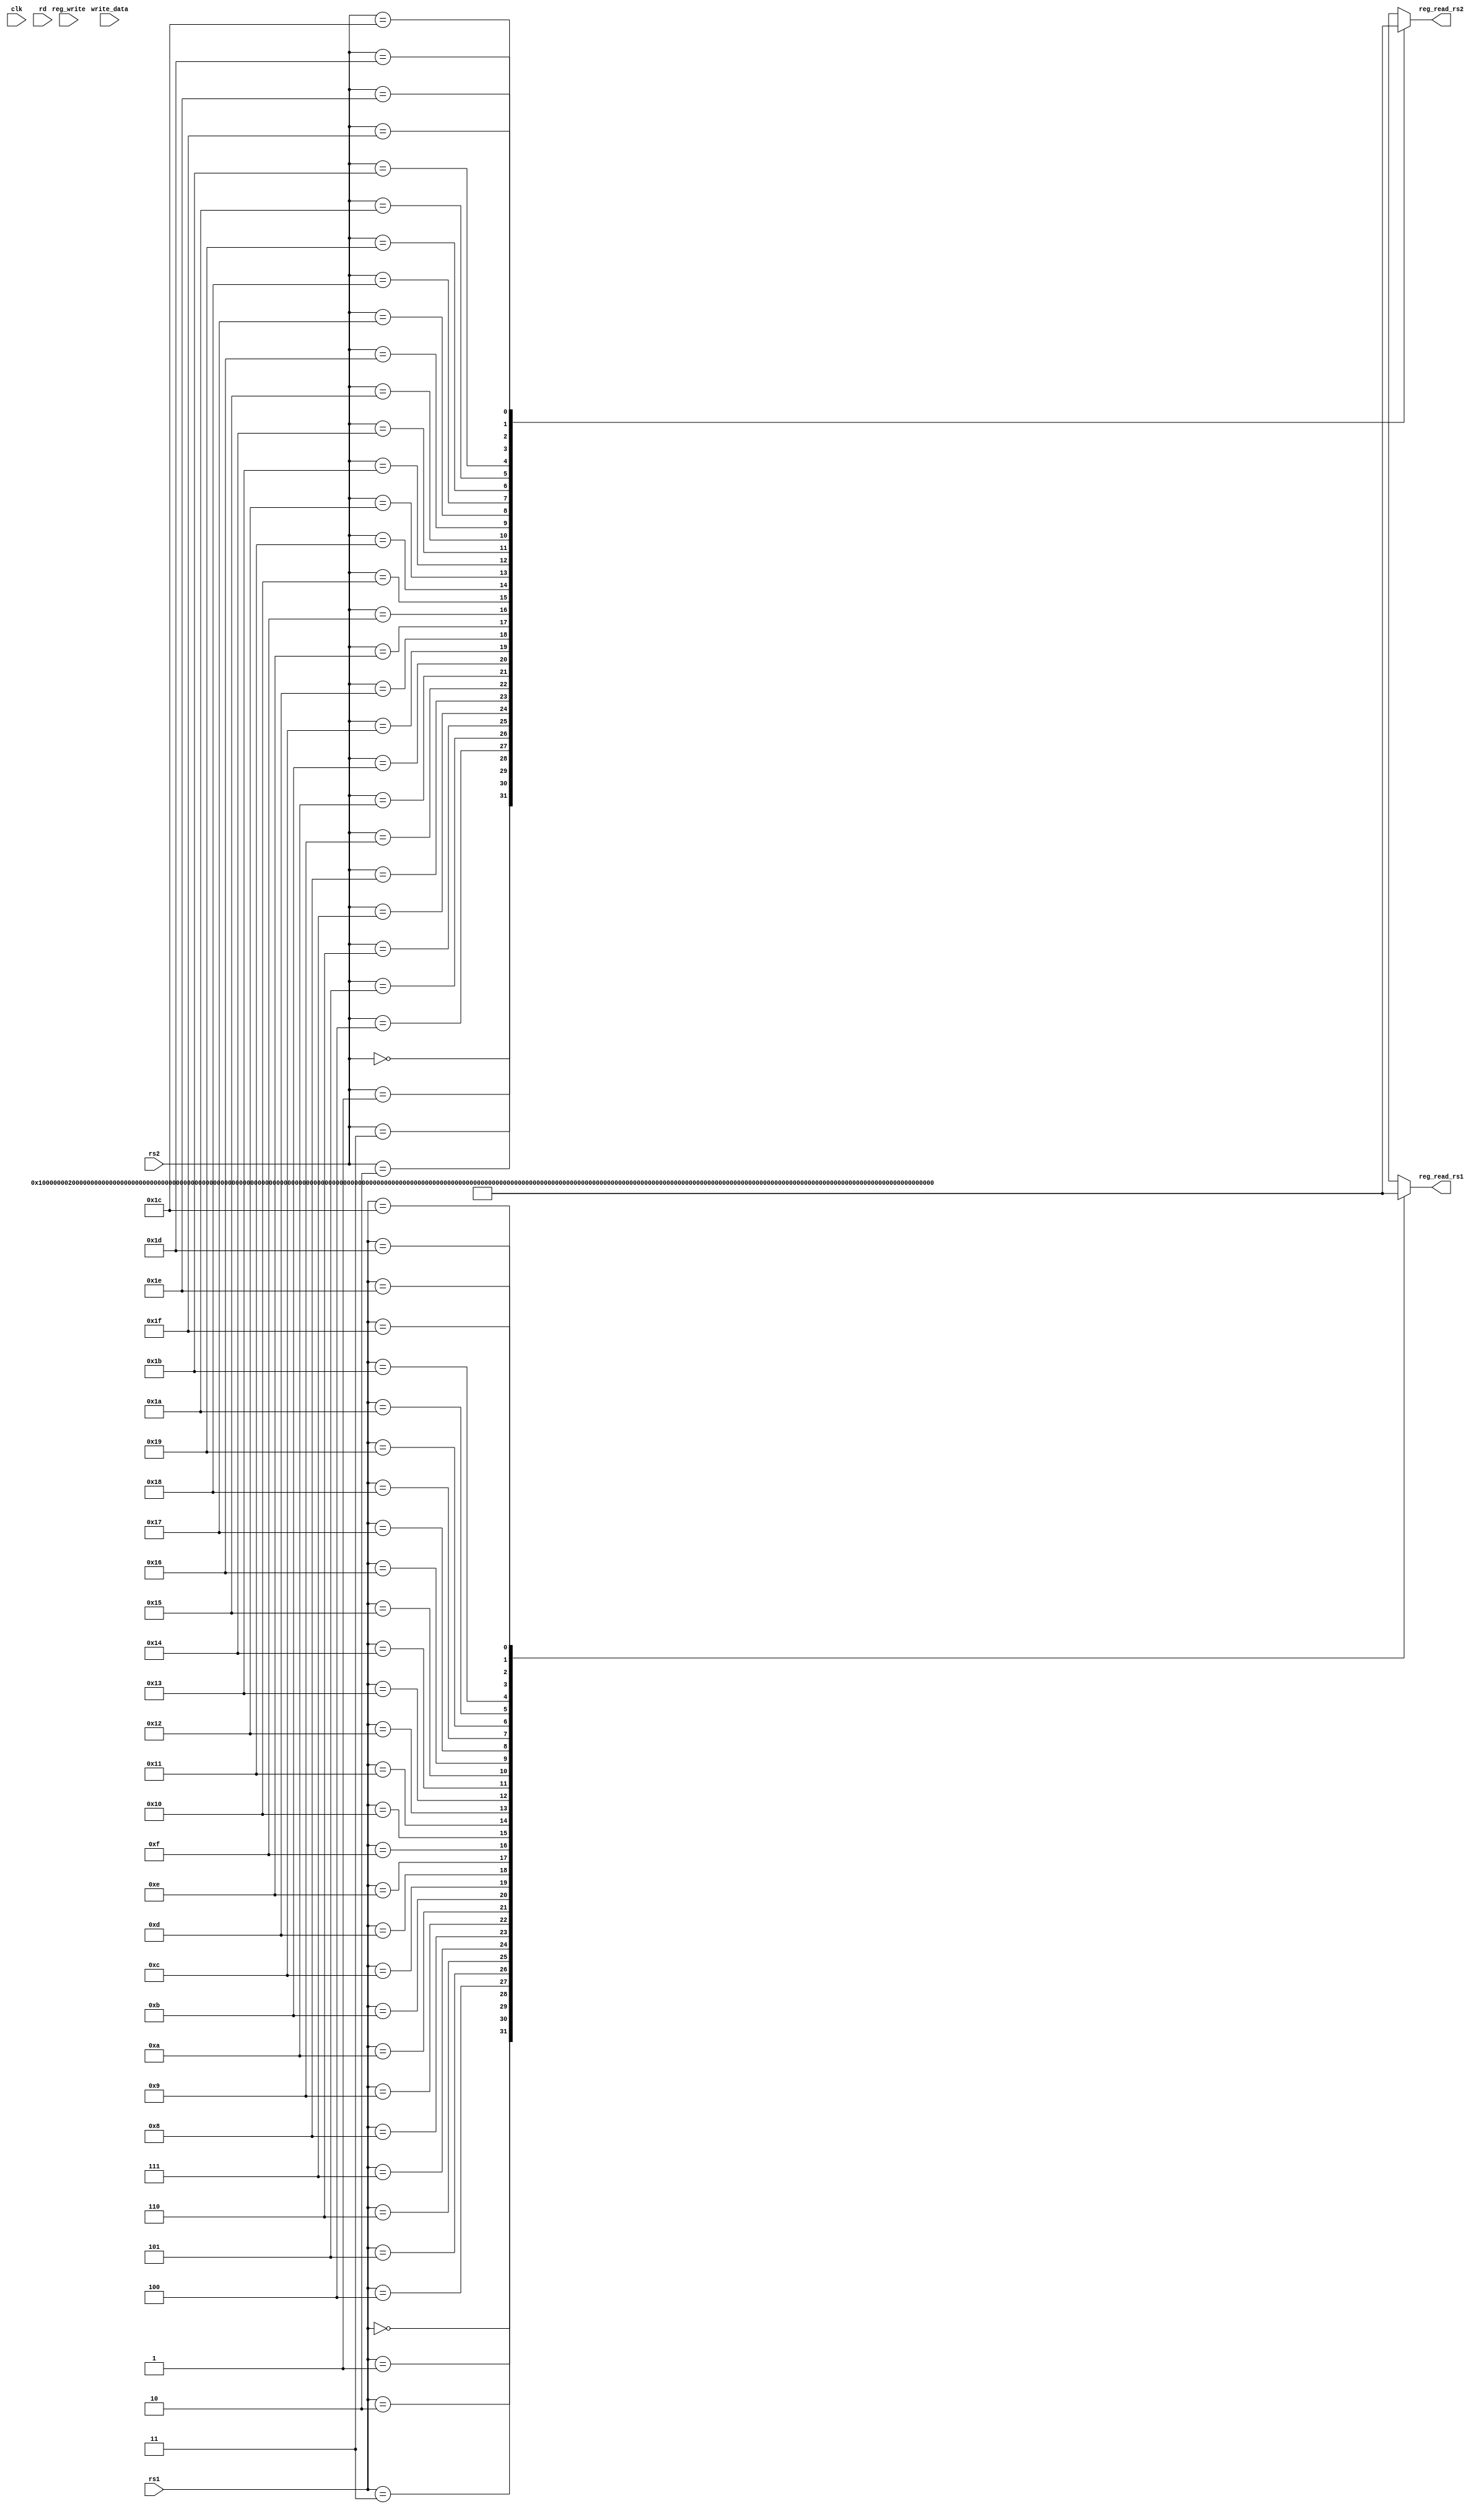

module regfile(clk,write_data,rs1, rs2, rd, reg_write, reg_read_rs1, reg_read_rs2);

input clk;
input [31:0] write_data;
input [4:0] rs1;
input [4:0] rs2;
input [4:0] rd;
input reg_write;
//input reset;
output reg[31:0] reg_read_rs1;
output reg[31:0] reg_read_rs2;

reg [31:0] register_memory [31:0];


//wire [7:0] opcode;

//assign rs2 = Instruction[24:20];
//assign rs1 = Instruction[19:15];
//assign rd = Instruction[11:7];
//assign opcode = Instruction[6:0];




always @(rs1, rs2)
    begin
     
         register_memory[0] = 32'h0;
         register_memory[1] = 32'h1;
         register_memory[2] = 32'h2;
         register_memory[3] = 32'h3;
         register_memory[4] = 32'h4;
         register_memory[5] = 32'h5;
         register_memory[6] = 32'h6;
         register_memory[7] = 32'h7;
         register_memory[8] = 32'h8;
         register_memory[9] = 32'h9;
         register_memory[10] = 32'h10;
         register_memory[11] = 32'h11;
         register_memory[12] = 32'h12;
         register_memory[13] = 32'h13;
         register_memory[14] = 32'h14;
         register_memory[15] = 32'h15;
         register_memory[16] = 32'h16;
         register_memory[17] = 32'h17;
         register_memory[18] = 32'h18;
         register_memory[19] = 32'h19;
         register_memory[20] = 32'h20;
         register_memory[21] = 32'h21;
         register_memory[22] = 32'h22;
         register_memory[23] = 32'h23;
         register_memory[24] = 32'h24;
         register_memory[25] = 32'h25;
		 register_memory[26] = 32'h26;
         register_memory[27] = 32'h27;
         register_memory[28] = 32'h28;
         register_memory[29] = 32'h29;
         register_memory[30] = 32'h30;
         register_memory[31] = 32'h31;
         end
  
always @(rs1, rs2)
	begin
  reg_read_rs1 <= register_memory[rs1] ;
  reg_read_rs2 <= register_memory[rs2] ;
 end

    // If clock edge is positive and regwrite is 1, we write data to specified register
  
    always @(negedge clk)
  	begin
  		if (reg_write == 1)
		begin
			 register_memory [rd] = write_data;
      		end
  	end

endmodule